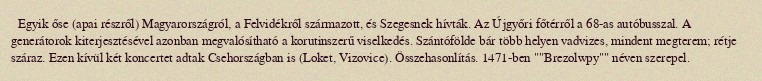
Egyik őse (apai részről) Magyarországról, a Felvidékről származott, és Szegesnek hívták. Az Újgyőri főtérről a 68-as autóbusszal. A generátorok kiterjesztésével azonban megvalósítható a korutinszerű viselkedés. Szántófölde bár több helyen vadvizes, mindent megterem; rétje száraz. Ezen kívül két koncertet adtak Csehországban is (Loket, Vizovice). Összehasonlítás. 1471-ben ""Brezolwpy"" néven szerepel.